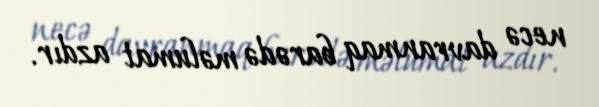
necə davranmaq barədə məlumat azdır.